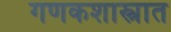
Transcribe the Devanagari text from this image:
गणकशास्त्रात